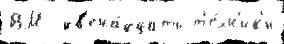
ВМ  дв'ена́дцать т'е́хн'ик'и